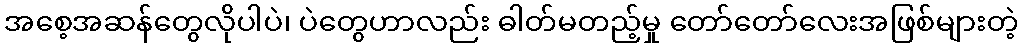
အစေ့အဆန်တွေလိုပါပဲ၊ ပဲတွေဟာလည်း ဓါတ်မတည့်မှု တော်တော်လေးအဖြစ်များတဲ့